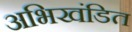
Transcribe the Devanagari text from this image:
अभिखंडित